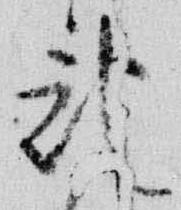
記